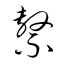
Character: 繫